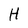
Character: H